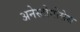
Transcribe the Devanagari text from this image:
अनेस्टोमोसेस